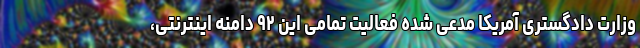
وزارت دادگستری آمریکا مدعی شده فعالیت تمامی این ۹۲ دامنه اینترنتی،